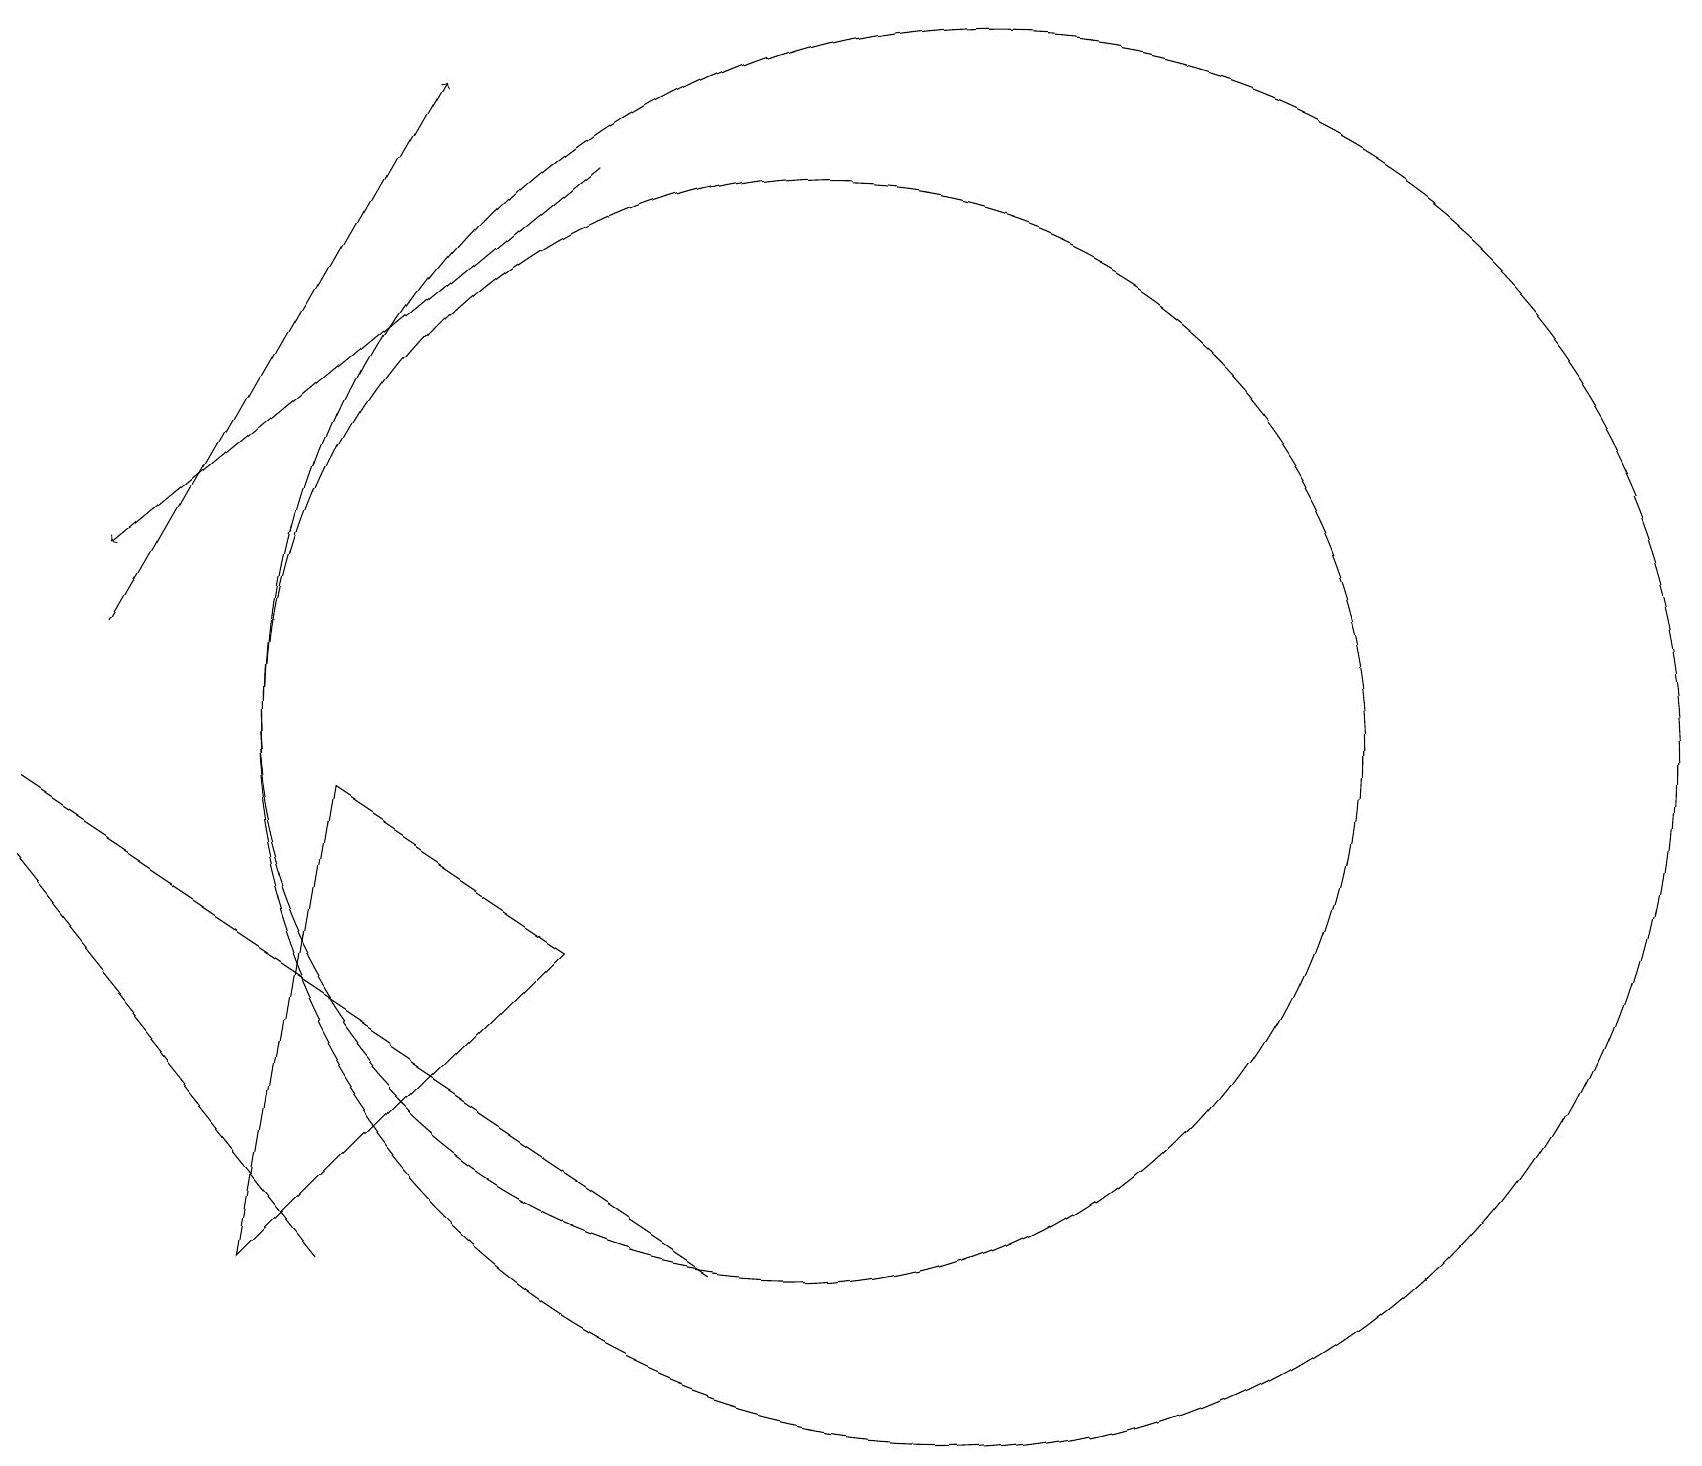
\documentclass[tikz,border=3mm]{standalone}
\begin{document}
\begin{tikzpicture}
\draw[->] (1,11) -- (5,18);
\draw (10,10) circle (7);
\draw (7,7) -- (3,3) -- (4,9) -- cycle;
\draw (0,9) -- (9,3) -- (6,5) -- cycle;
\draw[->] (7,17) -- (1,12);
\draw (12,10) circle (9);
\draw (0,8) -- (0,8) -- (4,3) -- cycle;
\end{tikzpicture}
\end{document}